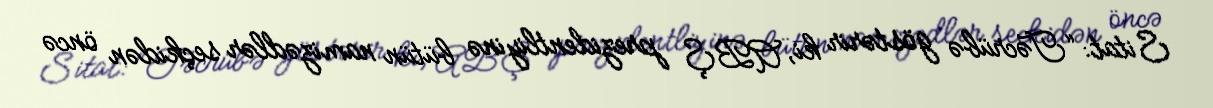
Sitat: “Təcrübə göstərir ki, ABŞ prezidentliyinə bütün namizədlər seçkidən öncə